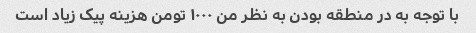
با توجه به در منطقه بودن به نظر من ۱۰۰۰ تومن هزینه پیک زیاد است